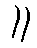
။